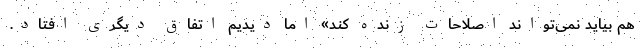
هم بیاید نمی‌تواند اصلاحات زنده کند» اما دیدیم اتفاق دیگری افتاد.